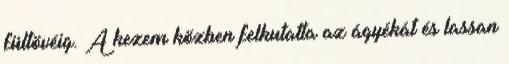
fültövéig. A kezem közben felkutatta az ágyékát és lassan